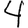
Digit: 4